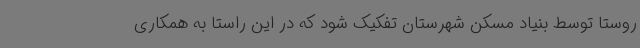
روستا توسط بنیاد مسکن شهرستان تفکیک شود که در این راستا به همکاری